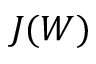
J ( W )